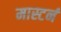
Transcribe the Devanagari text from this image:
मास्टर्न